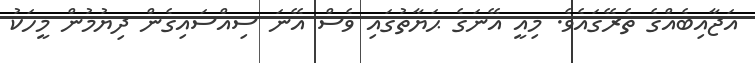
އަޖާއިބެއްގެ ތެރޭގައެވެ. މިއީ އޭނަގެ ޙަޔާތުގައި ވެސް އޭނަ ސިއްސައިގެން ދިޔުމުން މީހަކު